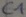
Text: C1